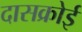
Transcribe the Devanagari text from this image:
दासक्रोई